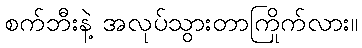
စက်ဘီးနဲ့ အလုပ်သွားတာကြိုက်လား။